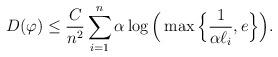
LaTeX: \begin{align*} D(\varphi) \leq \frac C{n^2} \sum_{i=1}^n \alpha \log \Big( \max \Big\{ \frac1{ \alpha \ell_i }, e \Big\} \Big).\end{align*}